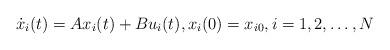
LaTeX: \begin{align*}\dot{x}_i(t) = Ax_i(t) + Bu_i(t),x_i(0) = x_{i0}, i=1, 2, \ldots,N\end{align*}